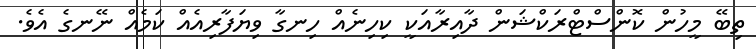
ތިބޭ މީހުން ކޮންސްޓްރަކްޝަން ދާއިރާއަކީ ކިހިނެއް ހިނގާ ވިޔަފާރިއެއް ކަމެއް ނޭނގެ އެވެ.